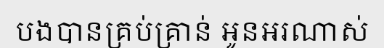
បងបានគ្រប់គ្រាន់ អូនអរណាស់